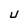
Character: U